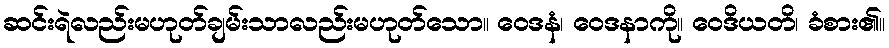
ဆင်းရဲလည်းမဟုတ်ချမ်းသာလည်းမဟုတ်သော။ ဝေဒနံ၊ ဝေဒနာကို။ ဝေဒိယတိ၊ ခံစား၏။